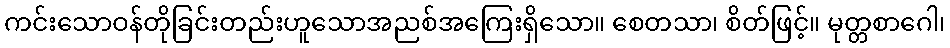
ကင်းသောဝန်တိုခြင်းတည်းဟူသောအညစ်အကြေးရှိသော။ စေတသာ၊ စိတ်ဖြင့်။ မုတ္တစာဂေါ၊